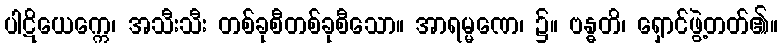
ပါဋိယေက္ကေ၊ အသီးသီး တစ်ခုစီတစ်ခုစီသော။ အာရမ္မဏေ၊ ၌။ ဗန္ဓတိ၊ ရှောင်ဖွဲ့တတ်၏။